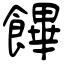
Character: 饆